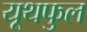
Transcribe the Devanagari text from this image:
यूथफुल